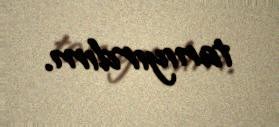
tanıyırdım.